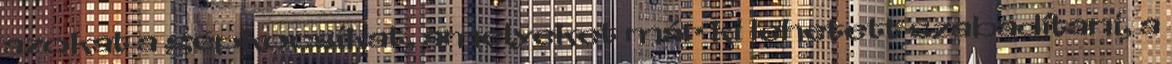
azokat a gépkocsikat, amelyeket már ki lehetett szabadítani, a